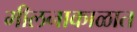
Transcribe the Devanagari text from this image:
मीलनाकाळात